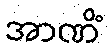
အာဏိံ